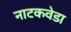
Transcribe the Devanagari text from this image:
नाटकवेडा